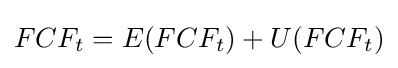
FCF_{t}=E(FCF_{t})+U(FCF_{t})